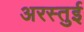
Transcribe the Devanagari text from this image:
अरस्तुई